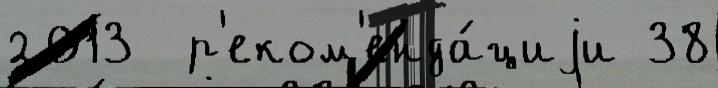
2013  р'еком'енда́циjи 38